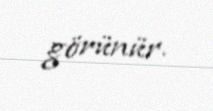
görünür.